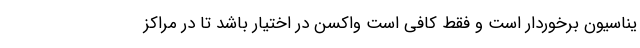
یناسیون برخوردار است و فقط کافی است واکسن در اختیار باشد تا در مراکز